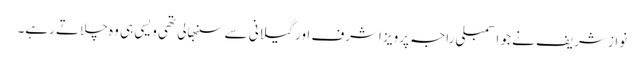
نواز شریف نے جو اسمبلی راجہ پرویز اشرف اور گیلانی سے سنبھالی تھی ویسی ہی وہ چلاتے رہے۔